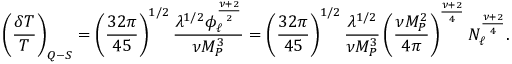
\left( \frac { \delta T } { T } \right) _ { Q - S } = \left( \frac { 3 2 \pi } { 4 5 } \right) ^ { 1 / 2 } \frac { \lambda ^ { 1 / 2 } \phi _ { \ell } ^ { \frac { \nu + 2 } { 2 } } } { \nu M _ { P } ^ { 3 } } = \left( \frac { 3 2 \pi } { 4 5 } \right) ^ { 1 / 2 } \frac { \lambda ^ { 1 / 2 } } { \nu M _ { P } ^ { 3 } } \left( \frac { \nu M _ { P } ^ { 2 } } { 4 \pi } \right) ^ { \frac { \nu + 2 } { 4 } } N _ { \ell } ^ { \frac { \nu + 2 } { 4 } } .